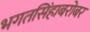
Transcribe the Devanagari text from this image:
भगतसिंहाबरोबर